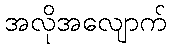
အလိုအလျောက်